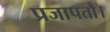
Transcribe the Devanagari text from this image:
प्रजापतौ।